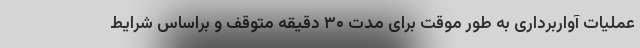
عملیات آواربرداری به طور موقت برای مدت ۳۰ دقیقه متوقف و براساس شرایط